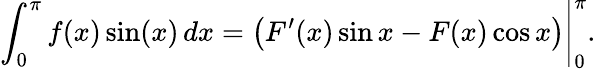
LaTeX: \left.\int_{0}^{\pi}f(x)\sin(x)\, dx={\bigl(}F^{\prime}(x)\sin x-F(x)\cos x{\bigr)}\right|_{0}^{\pi}.